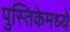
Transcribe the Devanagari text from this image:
पुस्तिकेमध्ये